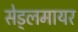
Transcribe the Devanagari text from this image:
सेड्लमायर